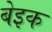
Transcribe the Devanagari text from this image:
बेइक